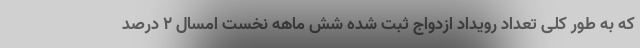
که به طور کلی تعداد رویداد ازدواج ثبت شده شش ماهه نخست امسال ۲ درصد